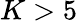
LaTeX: K>5